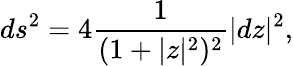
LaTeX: ds^{2}=4\frac{1}{(1+|z|^{2})^{2}}|dz|^{2},